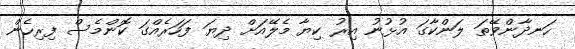
ހަނދާންވޭތަ ލަންކާގަ އުޅުނު އިރު ކިޔާ މެލޭއަށް ދިޔަ ފަހަރެއްގަ ކޮންމެސް ފިރިހެން